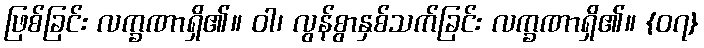
ဖြစ်ခြင်း လက္ခဏာရှိ၏။ ဝါ၊ လွန်စွာနှစ်သက်ခြင်း လက္ခဏာရှိ၏။ {၀၇}